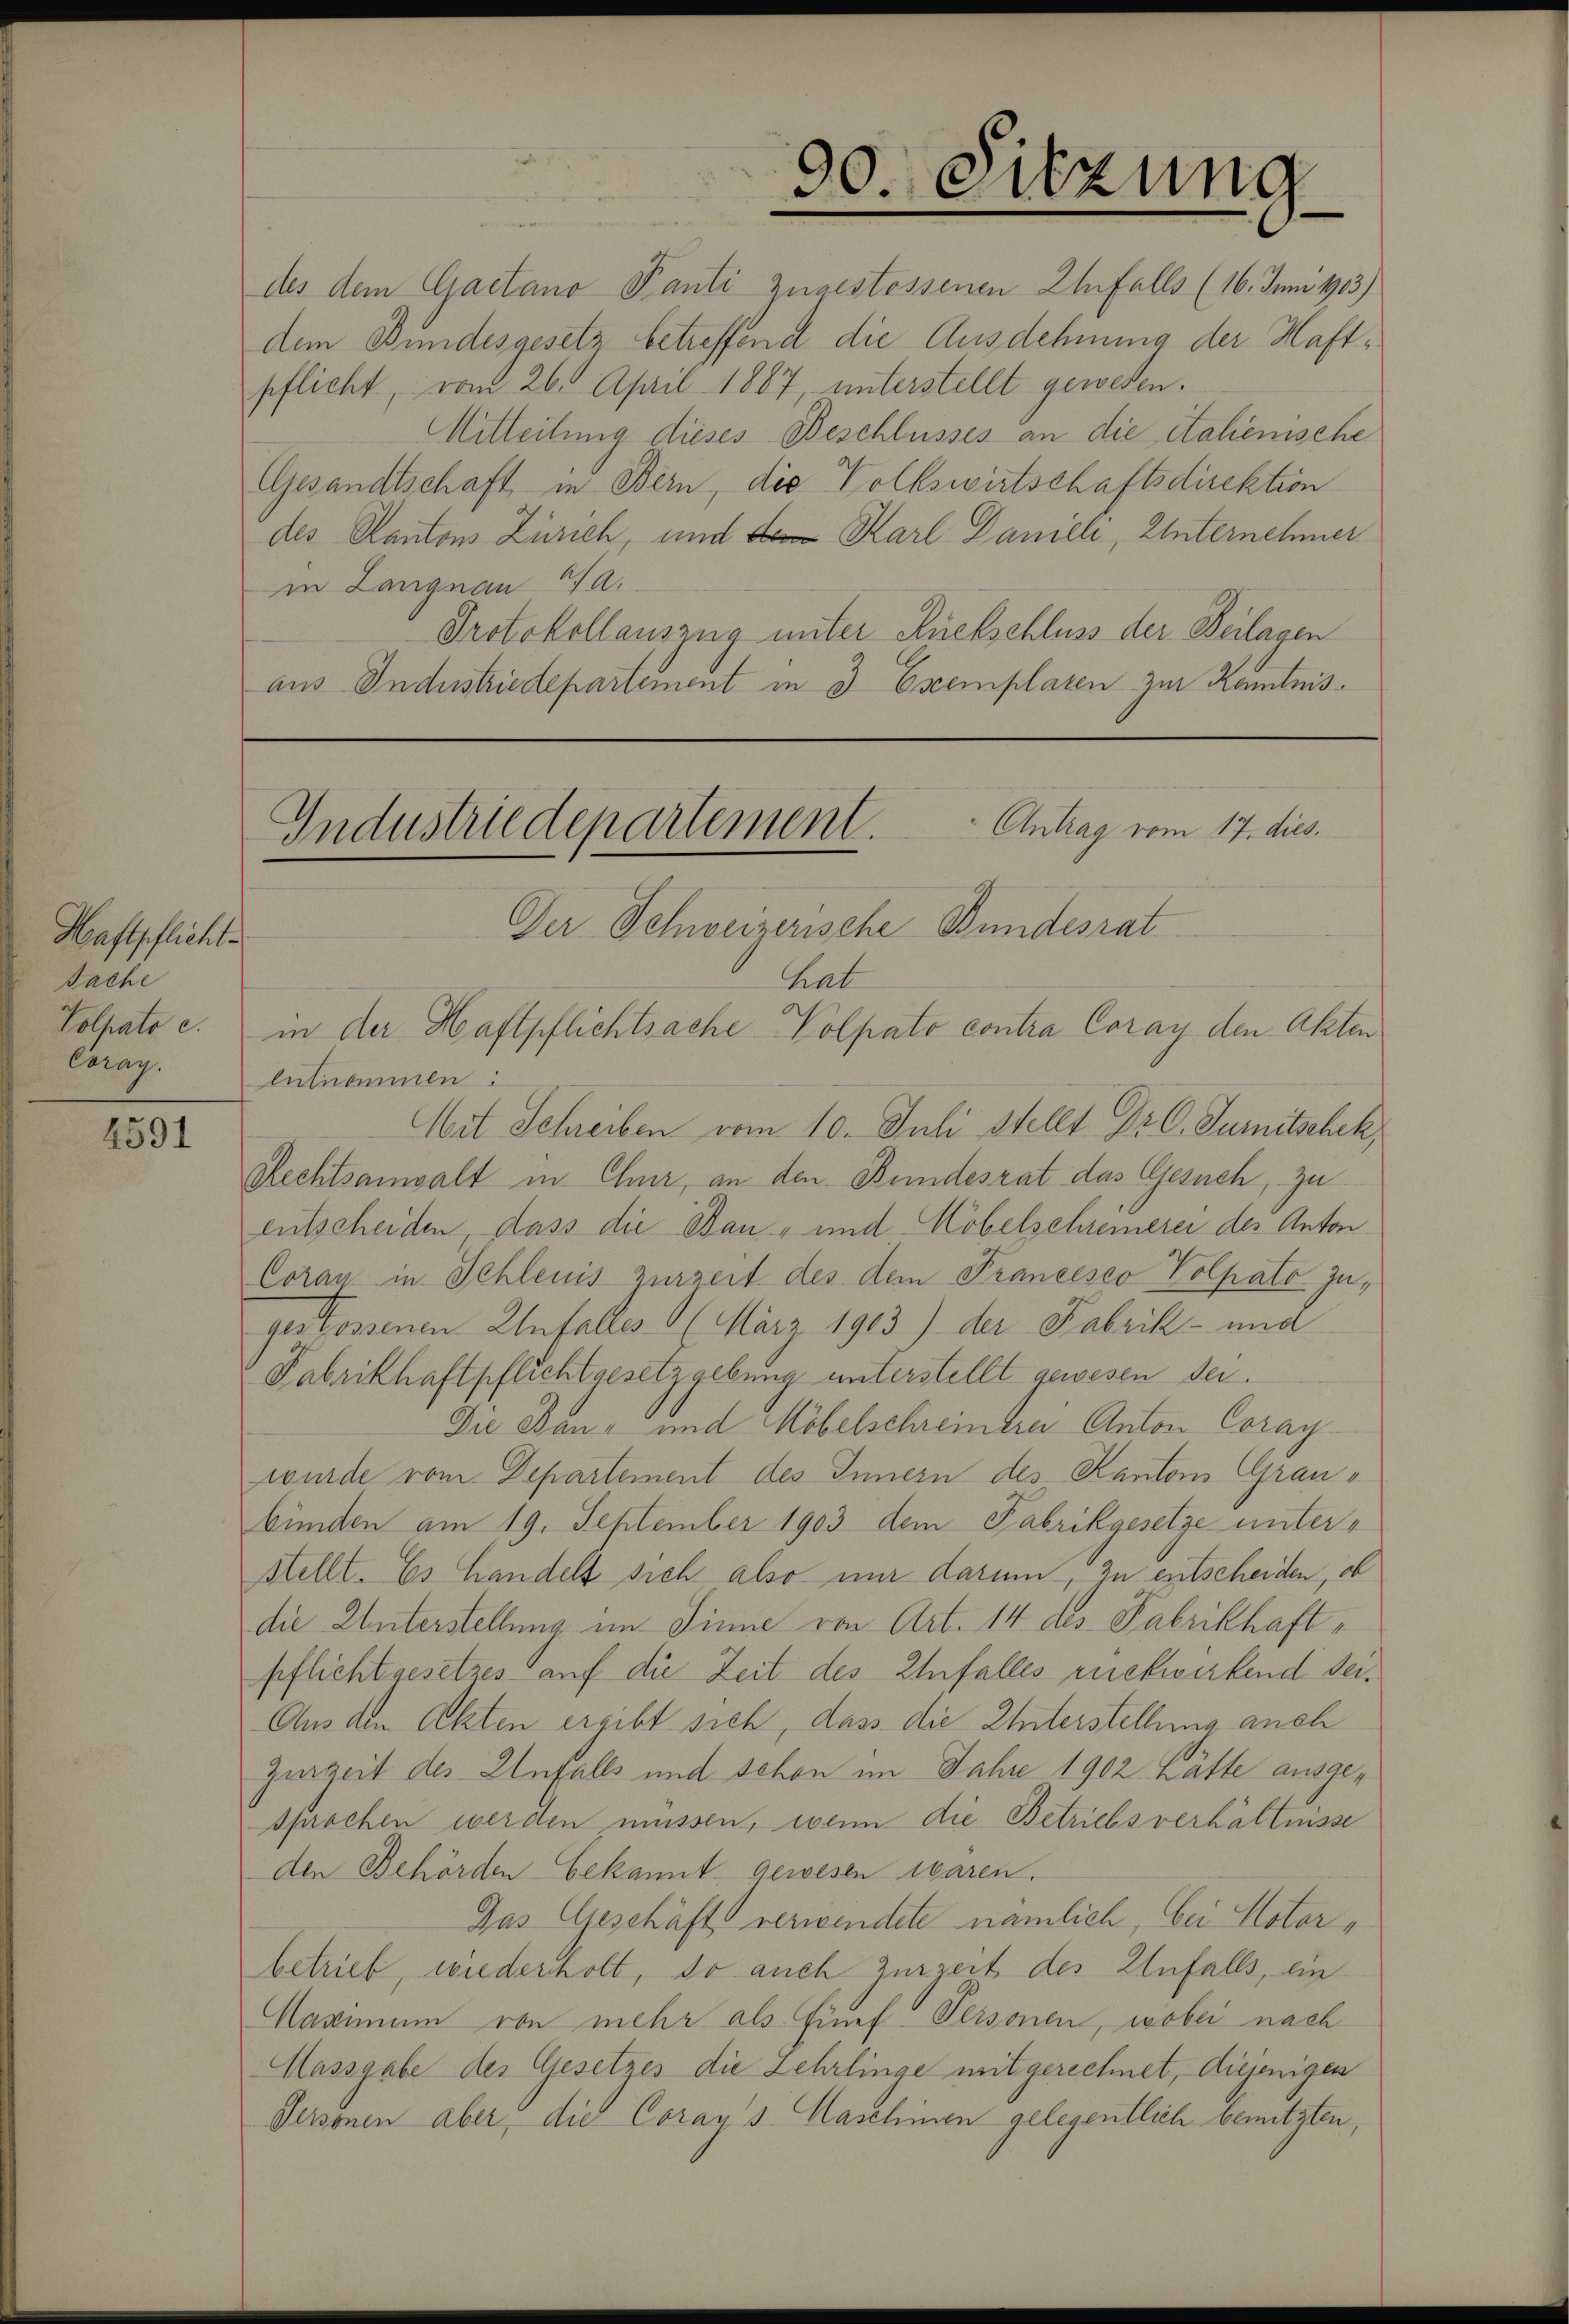
Haftpflicht.
sache
Volpato c.
Coray.

4591

90. Sitzung

des dem Gaetano Pauli zugestessenen Unfalls (16. Juni 1903)
dem Bundesgesetz betreffend die Ausdehnung der Haftpflicht, vom 26. April 1887, unterstellt gewesen.
Mitteilung dieses Beschlusses an die italienische
Gesandtschaft in Bern, die Volkswirtschaftsdirektion
des Kantons Zürich, und dem Karl Danieli, Unternehmer
in Langnau Ja.
Protokollauszug unter Rückschluss der Beilagen
aus Industriedepartement in 3 Exemplaren zur Kamtnis¬

Antrag vom 17. dies.
Industriedepartement
Der Schweizerische Bundesrat

hat
in der Haftpflichtsache Volpato contra Coray den Akten
lutnommen:
Mit Schreiben vom 10. Juli stellt Dr. C. Surnitschek
Rechtsanwalt in Chur, an den Bundesrat das Gesuch, zu
entscheiden, dass die Bau- und Möbelschreinerei des Anton
Coran in Schleuis zurzeit des dem Prancesco Polpato Ingestossenen Unfalles März 1903) der Fabrik- und
Fabrikhaftpflichtgesetzgebung unterstellt gewesen der
Die Bau- und Möbelschreierei Anton Coraywurde vom Departement des Innern des Kantons Graubünden am 19. September 1903 dem Fabrikgesetze unterstellt. Es handels sich also nur darum, zu entscheiden, ob
die Unterstellung im Sinne von Art. 14 des Fabrikhaftpflicht gesetzes auf die Zeit des Unfalles rückwirkend sei¬
Aus den Akten ergibt sich, dass die Unterstellung auch
Gurzeit des Anfalls und schon im Jahre 1902 hatte ausgesprochen werden müssen, wenn die Betriebsverhältnisse
den Behörden bekannt gewesen waren.
Das Geschäftsverwendete nämlich, bei Motorbetrieb, wiederholt, so auch zurzeit des Unfalls, ein
Maximum von mehr als Einef-Personen, wobei nach
Hassgabe des Gesetzes die Lehrlinge mit gerechnet, diejenigen
Personen aber die Coran’s Maschinen gelegentlich benutzten,